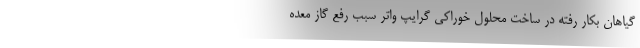
گیاهان بکار رفته در ساخت محلول خوراکی گرایپ واتر سبب رفع گاز معده